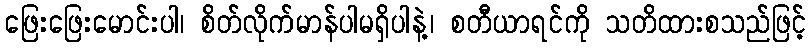
ဖြေးဖြေးမောင်းပါ၊ စိတ်လိုက်မာန်ပါမရှိပါနဲ့၊ စတီယာရင်ကို သတိထားစသည်ဖြင့်